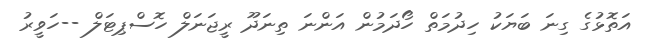
އަތޮޅުގެ ގިނަ ބަޔަކު ހިދުމަތް ހޯދަމުން އަންނަ ތިނަދޫ ރީޖަނަލް ހޮސްޕިޓަލް --ހަވީރު